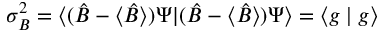
\sigma _ { B } ^ { 2 } = \langle ( { \hat { B } } - \langle { \hat { B } } \rangle ) \Psi | ( { \hat { B } } - \langle { \hat { B } } \rangle ) \Psi \rangle = \langle g \mid g \rangle